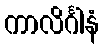
ကာလိင်္ဂါနံ